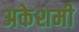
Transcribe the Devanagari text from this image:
अकेशमी